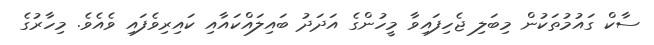
ސާކް ގައުމުތަކުން މިބަލި ޖެހިފައިވާ މީހުންގެ އަދަދު ބައިލައްކައާއި ކައިރިވެފައި ވެއެވެ. މިހާރުގެ